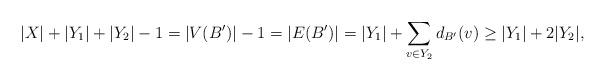
LaTeX: \begin{align*}|X| + |Y_1| + |Y_2| - 1 = |V(B')| - 1 = |E(B')| = |Y_1| + \sum_{v \in Y_2} d_{B'}(v) \ge |Y_1| + 2|Y_2|,\end{align*}